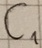
Text: C1